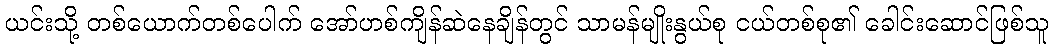
ယင်းသို့ တစ်ယောက်တစ်ပေါက် အော်ဟစ်ကျိန်ဆဲနေချိန်တွင် သာမန်မျိုးနွယ်စု ငယ်တစ်စု၏ ခေါင်းဆောင်ဖြစ်သူ